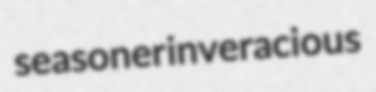
seasoner inveracious